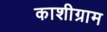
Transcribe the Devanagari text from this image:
काशीग्राम